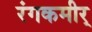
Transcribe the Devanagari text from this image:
रंगकमीर्